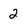
Character: 2